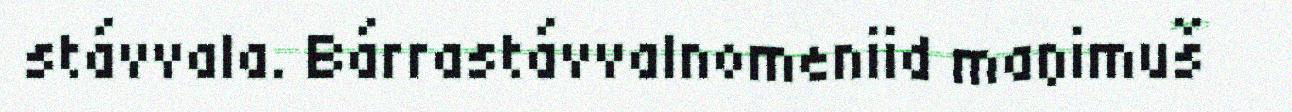
stávvala. Bárrastávvalnomeniid maŋimuš